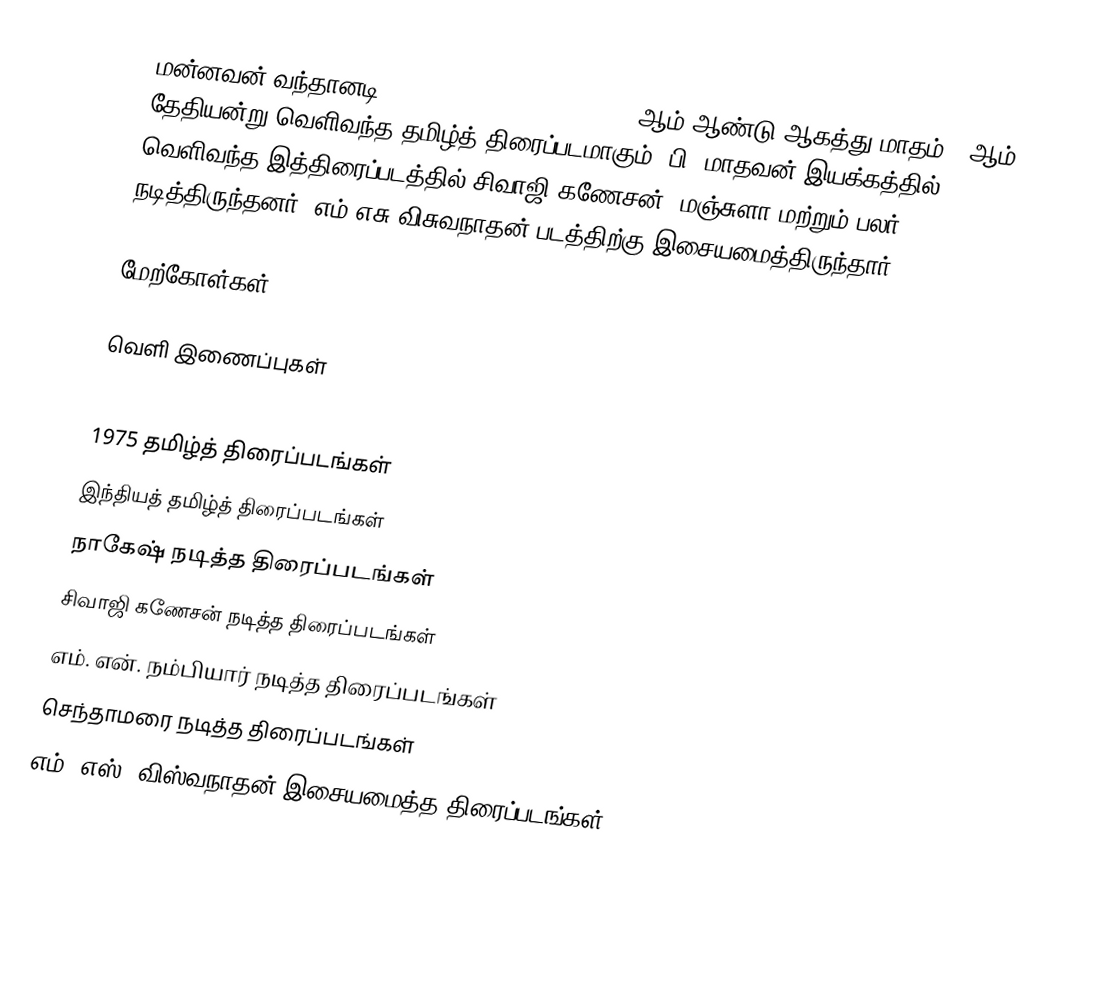
மன்னவன் வந்தானடி (Mannavan Vanthaanadi) 1975 ஆம் ஆண்டு ஆகத்து மாதம் 2 ஆம் தேதியன்று வெளிவந்த தமிழ்த் திரைப்படமாகும். பி. மாதவன் இயக்கத்தில் வெளிவந்த இத்திரைப்படத்தில் சிவாஜி கணேசன், மஞ்சுளா மற்றும் பலர் நடித்திருந்தனர். எம்.எசு.விசுவநாதன் படத்திற்கு இசையமைத்திருந்தார்.

மேற்கோள்கள்

வெளி இணைப்புகள்

1975 தமிழ்த் திரைப்படங்கள்
இந்தியத் தமிழ்த் திரைப்படங்கள்
நாகேஷ் நடித்த திரைப்படங்கள்
சிவாஜி கணேசன் நடித்த திரைப்படங்கள்
எம். என். நம்பியார் நடித்த திரைப்படங்கள்
செந்தாமரை நடித்த திரைப்படங்கள்
எம். எஸ். விஸ்வநாதன் இசையமைத்த திரைப்படங்கள்